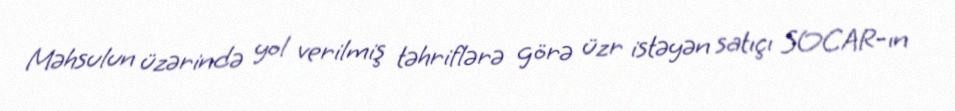
Məhsulun üzərində yol verilmiş təhriflərə görə üzr istəyən satıçı SOCAR-ın